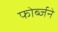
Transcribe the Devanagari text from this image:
फोर्ब्जने